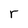
Character: r